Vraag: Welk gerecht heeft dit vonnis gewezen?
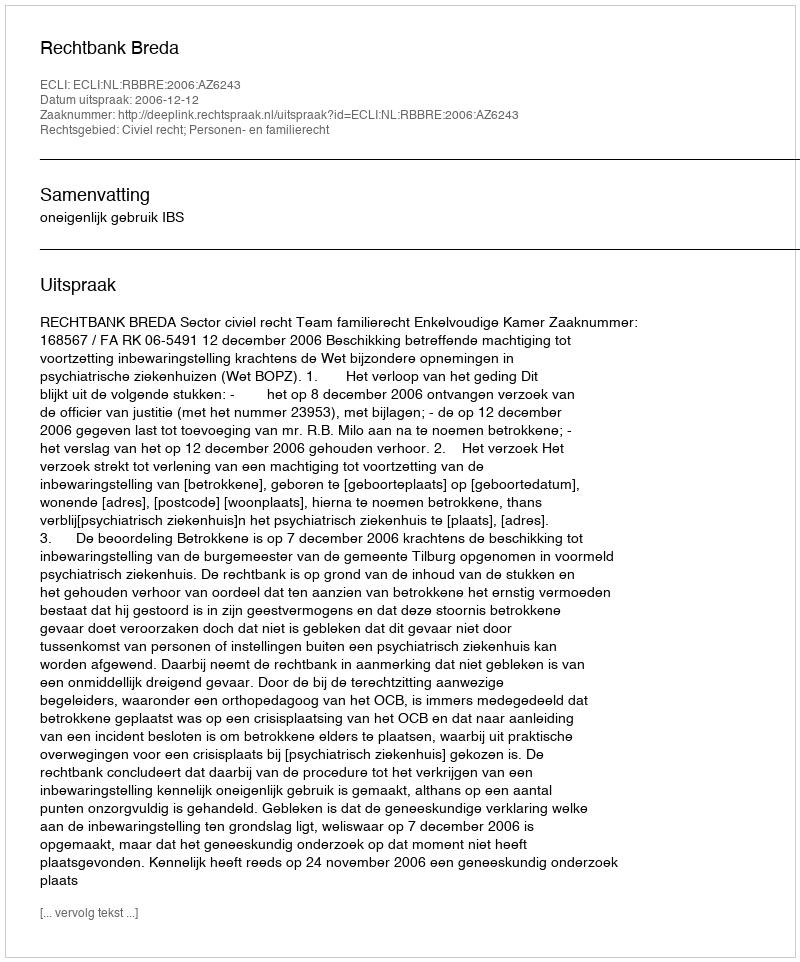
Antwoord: Rechtbank Breda